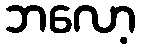
ဘလော့